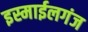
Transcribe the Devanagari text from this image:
इस्माईलगंज